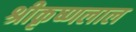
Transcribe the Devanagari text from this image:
श्रीकृष्णलाल